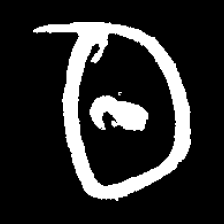
Pyu character \u2014 Myanmar letter: ထ (romanized: tha)